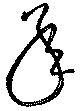
承